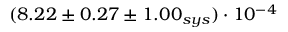
( 8 . 2 2 \pm 0 . 2 7 \pm 1 . 0 0 _ { s y s } ) \cdot 1 0 ^ { - 4 }